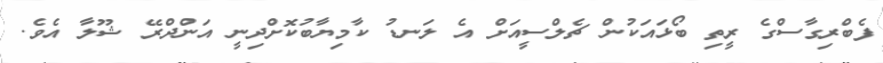
ފެބްރިގާސްގެ ރީތި ބޯޅައަކުން ޗެލްސީއަށް އެ ލަނޑު ކާމިޔާބުކޮށްދިނީ އަންދްރޭ ޝޫލާ އެވެ.